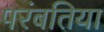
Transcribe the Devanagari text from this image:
परंबतिया